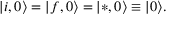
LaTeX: | i , 0 \rangle = | f , 0 \rangle = | * , 0 \rangle \equiv | 0 \rangle .